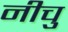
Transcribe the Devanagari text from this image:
नीचु